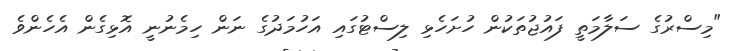
"މިސްރުގެ ސަލާމަތީ ފައުޖުތަކުން ހުށަހެޅި ލިސްޓުގައި އަހުމަދުގެ ނަން ހިމެނުނީ އޮޅިގެން އެހެންވެ